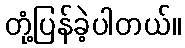
တုံ့ပြန်ခဲ့ပါတယ်။